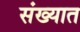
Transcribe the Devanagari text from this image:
संख्यात